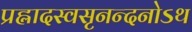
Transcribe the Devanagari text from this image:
प्रह्लादस्वसृनन्दनोऽथ